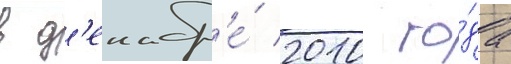
в д'екабр'е́ 2010 го́да